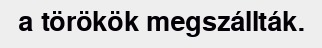
a törökök megszállták.